Seli_vallavalitsus_Parnumaal, lk 3
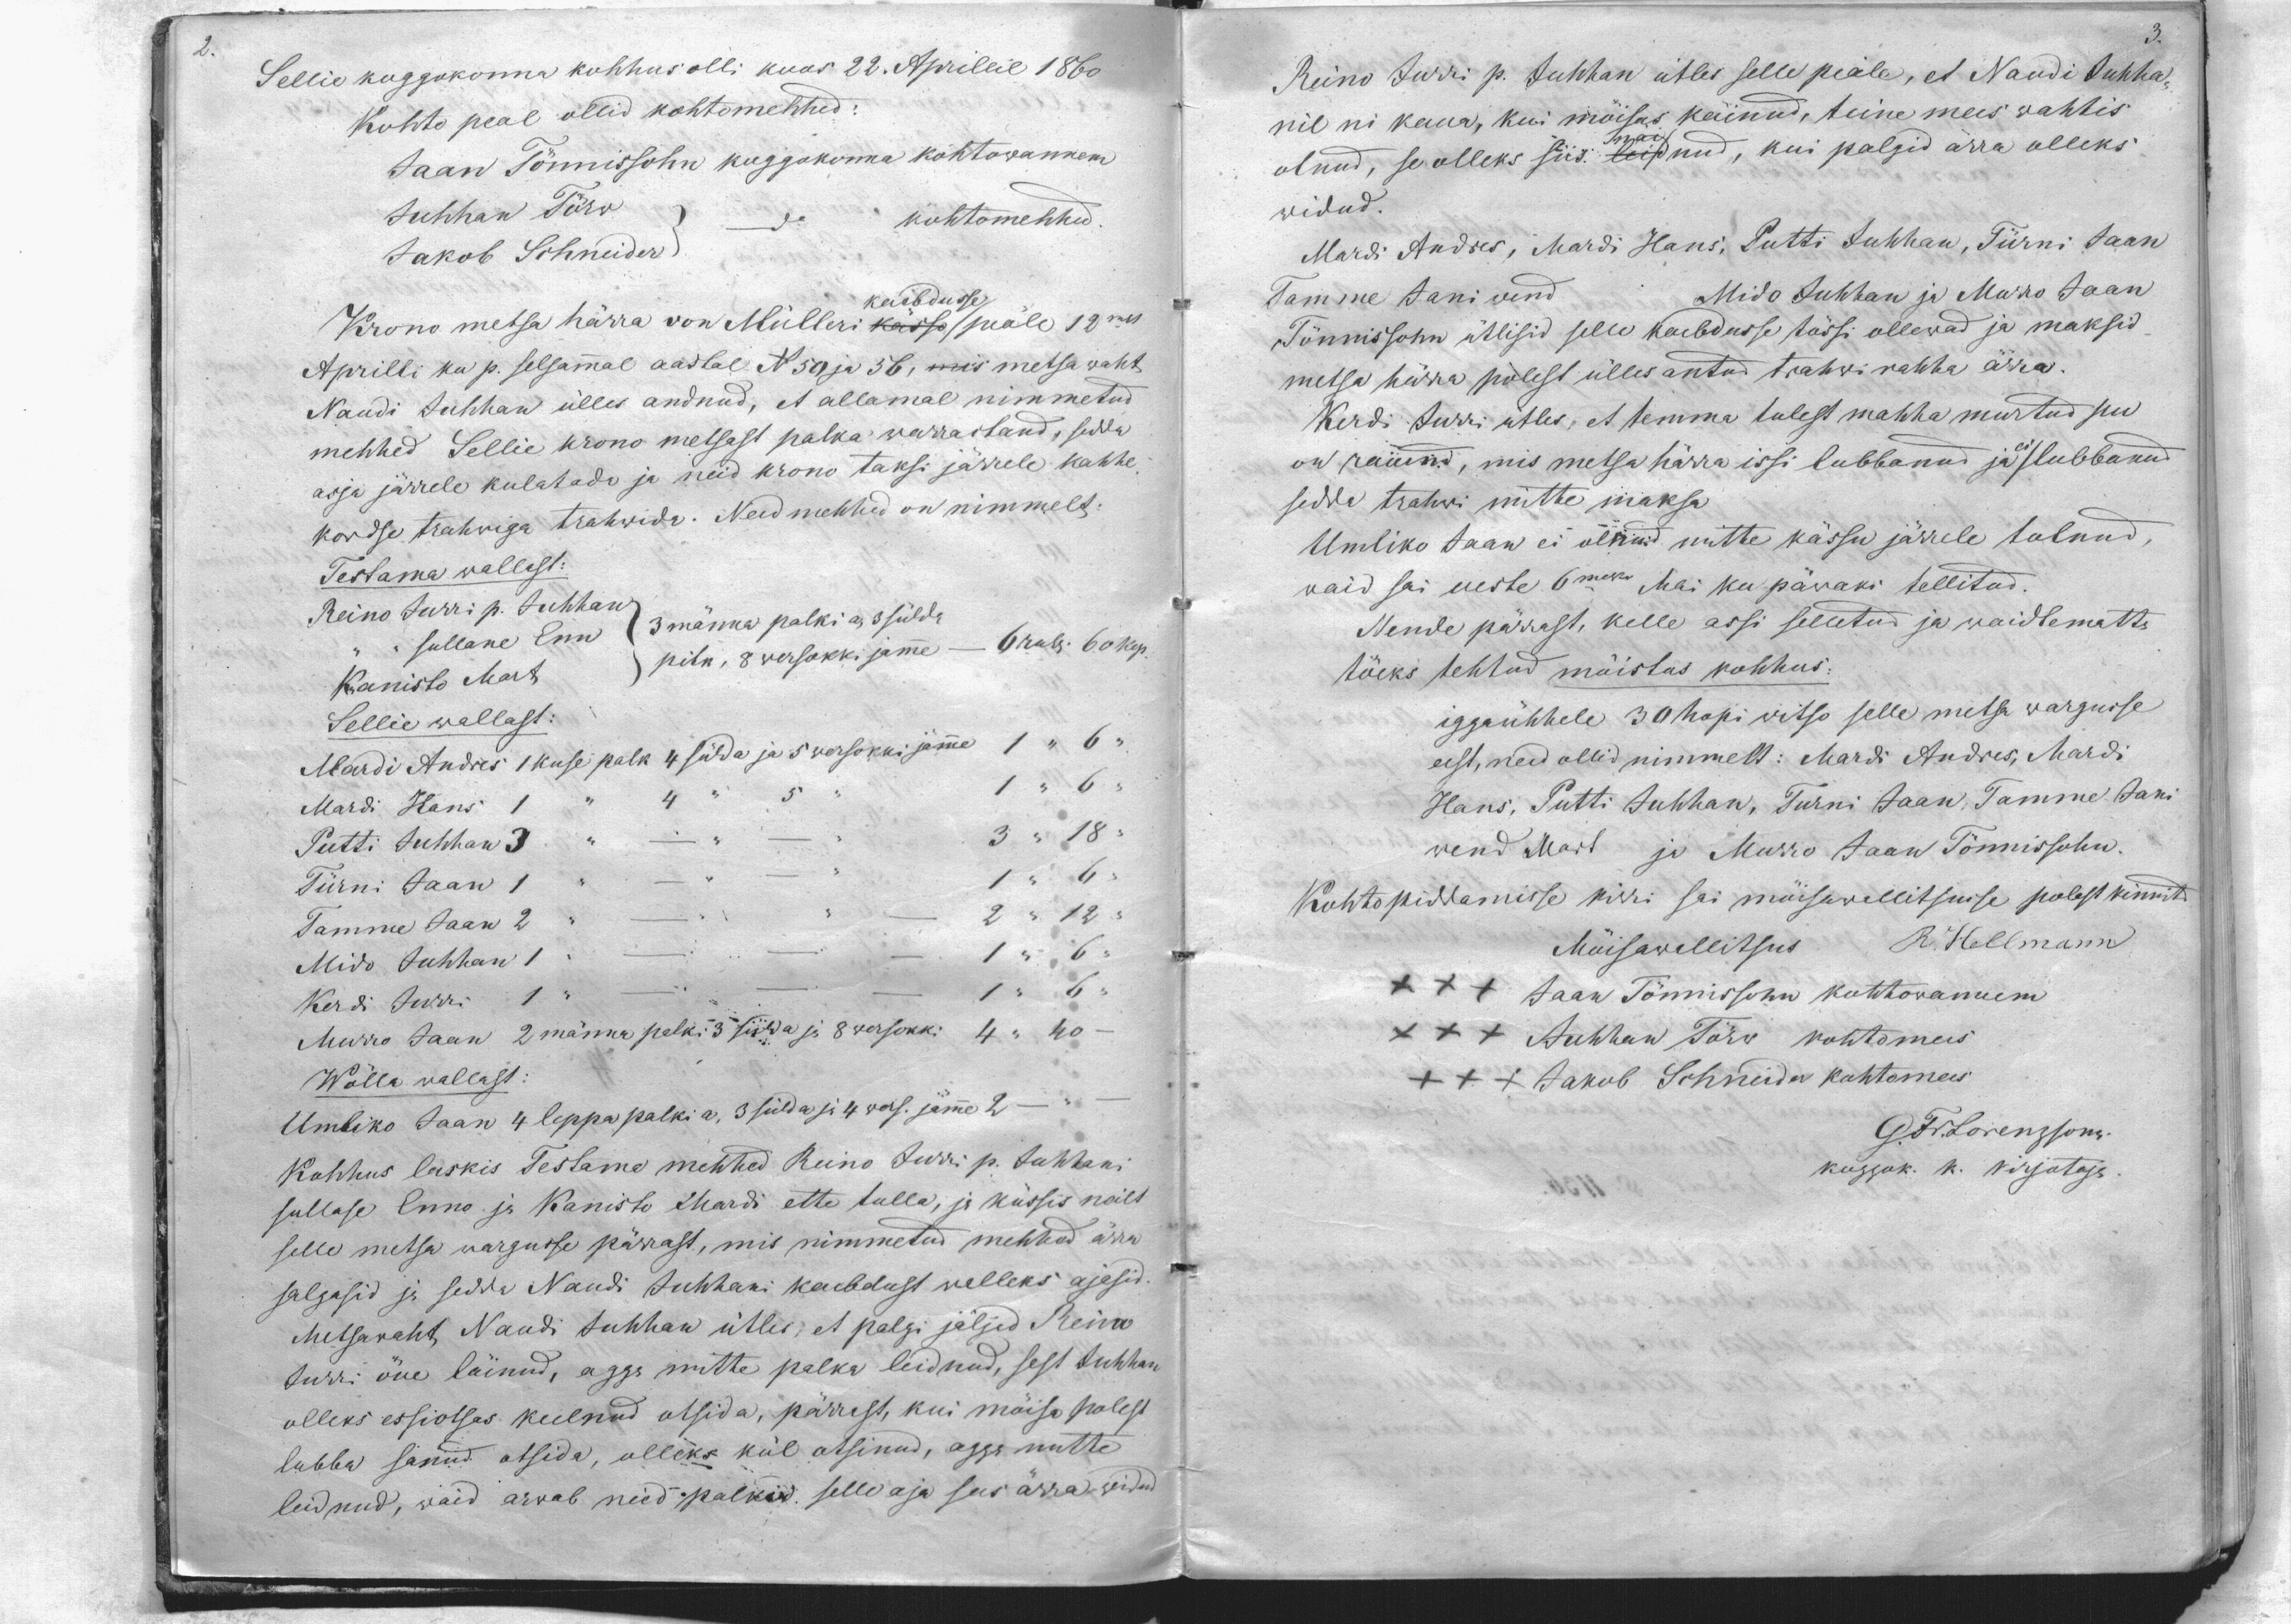
3.

2.

Sellie koggokonna kohhus olli koos 22. Aprillil 1860
Kohto peal ollid kohtomehhed:
Jaan Tõnnissohn koggokonna kohtowannem
Juhhan Törv
kohtomehhed
Jakob Schneider.
Krono metsa härra von Mülleri kässo / peäle 12mal
kaibdusse
Aprilli ku p. selsamal aastal N 50 ja 56, mis metsa waht
Naudi Juhhan ülles andnud, et allamal nimmetud
mehhed Sellie krono metsast palka warrastand, sedda
asja järrele kulatada ja neid krono taksi järrele kahhe,
kordse trahwiga trahwida. Neid mehhed on nimmelt:
Testama wallast:
Reino Jürri p. Juhhan
3 männa palki a, 3 sülda
sullane Enn
Kanisto Mart
pitk, 8 wersokki jäme - 6 rub. 60 kop.
Sellie wallast:
Mardi Andres 1 kuse palk 4 süda ja 5 wersokki jäme 1 " 6 "
Mardi Hans 1 " 4 " 5 "
1 " 6 "
Putti Juhhan 3 - - - 3 " 18 "
Türni Jaan 1
1 " 6 "
Tamme Jaan 2
2 " 12 "
Mido Juhhan 1 - - - 1 " 6 "
Kerdi Jurri 1 - - 1 " 6 "
Murro Jaan 2 männa palki 3 sülda ja 8 wersokki 4 " 40 -
Wälla vallast.
Umbiko Jaan 4 leppa palki a, 3 sülda ja 4 wers. jäme 2 - "
Kohhus laskis Testama mehhed Reino Jurri p. Juhhani
sullase Enno ja Kanisto Mardi ette tulla, ja küssis neilt
selle metsa wargusse pärrast, mis nimmetud mehhed ärra
salgasid ja sedda Naudi Juhhani kaebdust welleks ajesid.
Metsawaht Naudi Juhhan ütles, et palgi jäljed Reinu
Jürri õue läinud, agga mitte palka leidnud, sest Juhhan
olleks essiotsus keelnud otsida, pärrast, kui möisa polest
lubba sanud otsida, olleks kül otsinud, agga mitte
leidnud, waid arwab neid palkid, selle aja see ärra widud

Reino Jurri p. Juhhan ütles selle peäle, et Naudi Juhha-
nil ni kaua, kui möisas käinud, teine mees wahhis
olnud, se olleks siis: leidnud, kui palgid ärra olleks,
näi
widud.
Mardi Andres, Mardi Hans, Putti Juhhan, Türni Jaan
Tamme Jani vend Mido Juhhan ja Murro Jaan
Tõnnissohn ütlisid selle kaebdusse tössi ollewad ja maksid
metsa härra polest ülles antud trahwi rahha ärra.
Kerdi Jurri ütles, et temma tulest mahha murtud pu
on raiund, mis metsa härra issi lubbanud ja ei /lubbanud
sedda trahwi mitte maksa.
Umliko Jaan ei olnud mitte kässu järrele tulnud,
waid sai ueste 6maks Mai ku päwaks tellitud.
Nende pärrast, kelle assi selletud ja waidlematta
töeks tehtud möistus kohhus.
iggaühhele 30 hopi witso selle metsa wargusse
eest, need ollid nimmelt: Mardi Andres, Mardi
Hans, Putti Juhhan, Turni Jaan, Tamme Jani
wend Mart ja Murro Jaan Tönnissohn.
Kohtopiddamisse kirri sai möisawallitsusse polest kinnit
Möisawallitsus R. Hellmann
XXX Jaan Tõnnissoni kohtowannem
XXX Juhhan Törw kohtomees
XXX Jakob Schneider kohtomees
G. Fr. Lorenzsonn
koggok. k. kirjotaja.